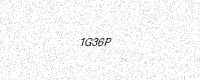
Text: 1G36P